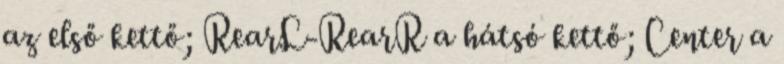
az első kettő; RearL-RearR a hátsó kettő; Center a